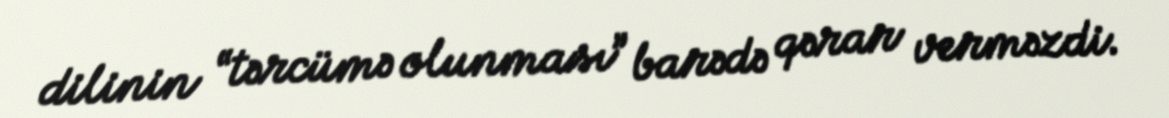
dilinin “tərcümə olunması” barədə qərar verməzdi.